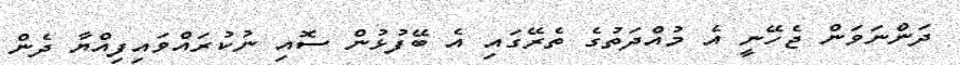
ދަންނަވަން ޖެހޭނީ އެ މުއްދަތުގެ ތެރޭގައި އެ ބޭފުޅުން ސޮއި ނުކުރައްވައިފިއްޔާ ދެން